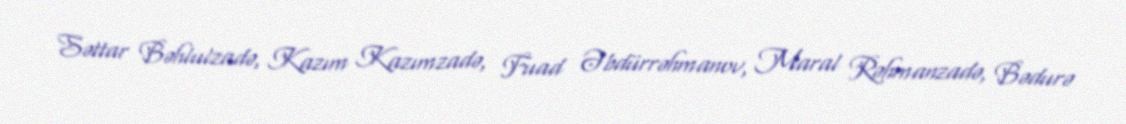
Səttar Bəhlulzadə, Kazım Kazımzadə, Fuad Əbdürrəhmanov, Maral Rəhmanzadə, Bədurə